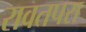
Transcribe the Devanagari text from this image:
रावतपरा